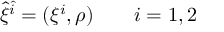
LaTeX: { \hat { \xi } } ^ { \hat { i } } = ( \xi ^ { i } , \rho ) \qquad i = 1 , 2